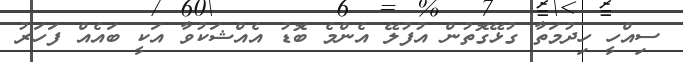
ސިއްހީ ހިދުމަތާ ގުޅޭގޮތުން އުފުލޭ އެންމެ ބޮޑު އެއްޝަކުވާ އަކީ ބައެއް ފަހަރު